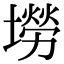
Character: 𡑍